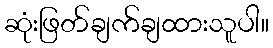
ဆုံးဖြတ်ချက်ချထားသူပါ။